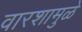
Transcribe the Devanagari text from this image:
वारशामुळे